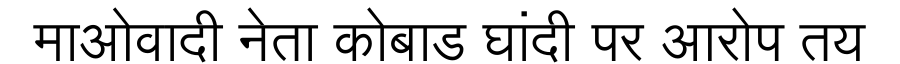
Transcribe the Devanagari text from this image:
माओवादी नेता कोबाड घांदी पर आरोप तय